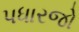
પધારજો